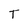
Character: T